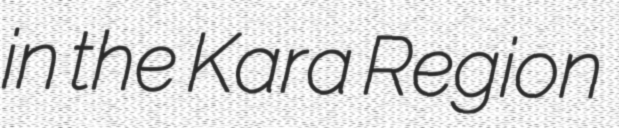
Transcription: in the Kara Region